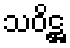
သဝိဋ္ဌ